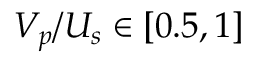
V _ { p } / U _ { s } \in [ 0 . 5 , 1 ]